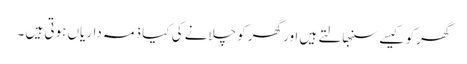
گھر کو کیسے سنبھالتے ہیں اور گھر کو چلانے کی کیا ذمہ داریاں ہوتی ہیں ۔